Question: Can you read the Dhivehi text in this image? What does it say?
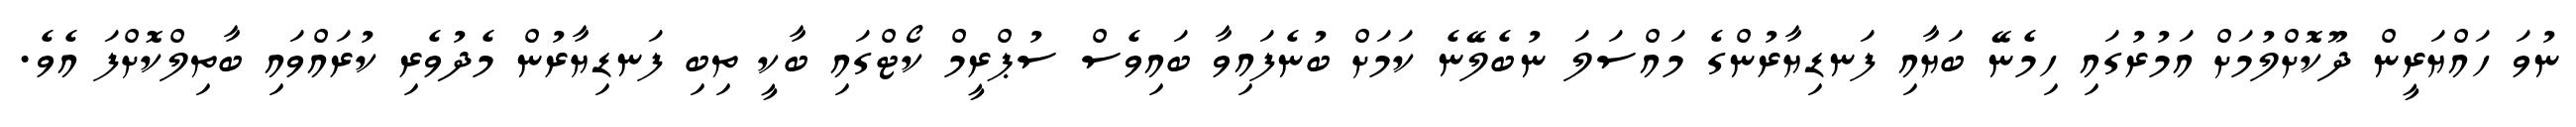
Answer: ނުވަ ހައްޔަރީން ދޫކޮށްލުމަށް އަމުރުގައި ހިމެނޭ ބަޔާއި ފަނޑިޔާރުންގެ މައްސަލަ ނުބެލޭނެ ކަމަށް ބުނެފައިވާ ބައިވެސް ސުޕްރީމް ކޯޓްގައި ބާކީ ތިބި ފަނޑިޔާރުން މެދުވެރި ކުރައްވައި ބާތިލްކޮށްފަ އެވެ.